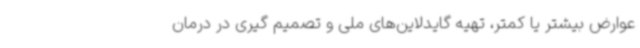
عوارض بیشتر یا کمتر، تهیه گایدلاین‌های ملی و تصمیم گیری در درمان